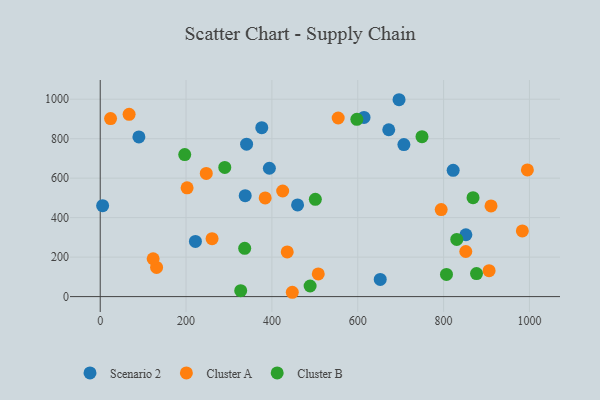
{"axis": {"x": "Ad Spend", "y": "Yield"}, "legend": ["Cluster A", "Cluster B", "Scenario 2"], "data": [{"x": "459.8", "y": 464.2, "type": "Scenario 2"}, {"x": "822.3", "y": 639.9, "type": "Scenario 2"}, {"x": "221.8", "y": 279.7, "type": "Scenario 2"}, {"x": "5.6", "y": 460.6, "type": "Scenario 2"}, {"x": "851.9", "y": 313.4, "type": "Scenario 2"}, {"x": "394.1", "y": 650.2, "type": "Scenario 2"}, {"x": "672.2", "y": 845.4, "type": "Scenario 2"}, {"x": "337.8", "y": 511.3, "type": "Scenario 2"}, {"x": "707.5", "y": 770.2, "type": "Scenario 2"}, {"x": "614.6", "y": 907.9, "type": "Scenario 2"}, {"x": "696.2", "y": 997.4, "type": "Scenario 2"}, {"x": "652.4", "y": 86.8, "type": "Scenario 2"}, {"x": "90.1", "y": 808.9, "type": "Scenario 2"}, {"x": "376.4", "y": 856.0, "type": "Scenario 2"}, {"x": "341.0", "y": 772.1, "type": "Scenario 2"}, {"x": "24.1", "y": 901.7, "type": "Cluster A"}, {"x": "202.4", "y": 551.2, "type": "Cluster A"}, {"x": "851.7", "y": 228.4, "type": "Cluster A"}, {"x": "794.4", "y": 440.8, "type": "Cluster A"}, {"x": "983.5", "y": 332.9, "type": "Cluster A"}, {"x": "131.3", "y": 147.8, "type": "Cluster A"}, {"x": "260.6", "y": 293.5, "type": "Cluster A"}, {"x": "910.5", "y": 459.4, "type": "Cluster A"}, {"x": "906.0", "y": 131.1, "type": "Cluster A"}, {"x": "247.1", "y": 623.9, "type": "Cluster A"}, {"x": "123.3", "y": 191.7, "type": "Cluster A"}, {"x": "67.3", "y": 923.6, "type": "Cluster A"}, {"x": "384.3", "y": 499.9, "type": "Cluster A"}, {"x": "995.2", "y": 641.7, "type": "Cluster A"}, {"x": "508.0", "y": 114.9, "type": "Cluster A"}, {"x": "435.7", "y": 226.1, "type": "Cluster A"}, {"x": "447.5", "y": 21.9, "type": "Cluster A"}, {"x": "425.1", "y": 534.9, "type": "Cluster A"}, {"x": "554.4", "y": 904.7, "type": "Cluster A"}, {"x": "336.6", "y": 244.7, "type": "Cluster B"}, {"x": "196.9", "y": 719.5, "type": "Cluster B"}, {"x": "868.6", "y": 501.2, "type": "Cluster B"}, {"x": "327.3", "y": 30.0, "type": "Cluster B"}, {"x": "876.7", "y": 116.7, "type": "Cluster B"}, {"x": "597.9", "y": 898.0, "type": "Cluster B"}, {"x": "290.2", "y": 654.6, "type": "Cluster B"}, {"x": "830.7", "y": 289.9, "type": "Cluster B"}, {"x": "749.7", "y": 810.4, "type": "Cluster B"}, {"x": "489.0", "y": 53.6, "type": "Cluster B"}, {"x": "806.7", "y": 112.5, "type": "Cluster B"}, {"x": "501.2", "y": 493.0, "type": "Cluster B"}]}